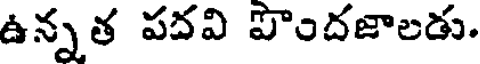
ఉన్నత పదవి పొందజాలడు.